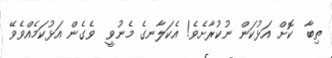
ތިބާ  ކޮށް އަޅުކަން ނުކުރާށެވެ! އެކަލާނގެ މެނުވީ  ވެގެން އަޅުކަމެއްވެވޭ